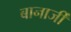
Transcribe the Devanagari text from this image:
बानार्जी